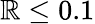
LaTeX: \mathbb{R}\le0.1